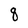
Character: q